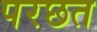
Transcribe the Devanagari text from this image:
परछत